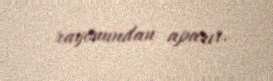
rayonundan aparır.